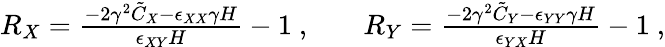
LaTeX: \begin{array}{rlr}{R_{X}=\frac{-2\gamma^{2}\tilde{C}_{X}-\epsilon_{XX}\gamma H}{\epsilon_{XY}H}-1~,}&{{}}&{R_{Y}=\frac{-2\gamma^{2}\tilde{C}_{Y}-\epsilon_{YY}\gamma H}{\epsilon_{YX}H}-1~,}\end{array}